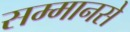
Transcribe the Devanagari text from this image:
सम्मानसे